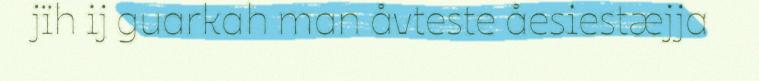
jïh ij guarkah man åvteste åesiestæjja